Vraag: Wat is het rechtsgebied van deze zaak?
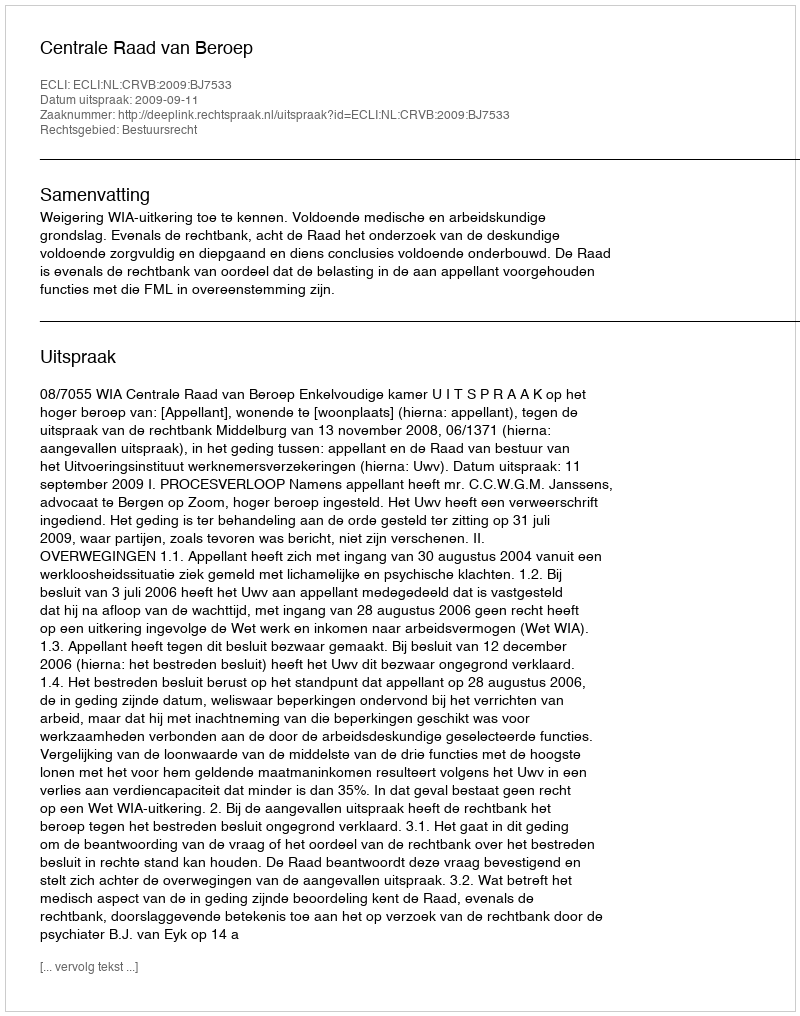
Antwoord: Bestuursrecht